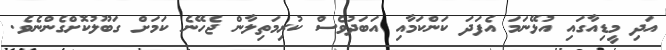
އަދި މީޑިއާގައި އުޅޭނަމަ އެފަދަ ކަންކަމާއި އަބަދުވެސް ކުރިމަތިލާން ޖެހޭނެ ކަމަށް ގަބޫލުކޮށްގެންނެވެ.